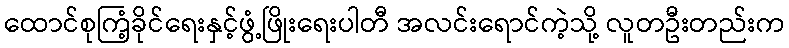
ထောင်စုကြံ့ခိုင်ရေးနှင့်ဖွံ့ဖြိုးရေးပါတီ အလင်းရောင်ကဲ့သို့ လူတဦးတည်းက